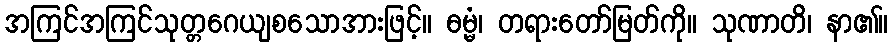
အကြင်အကြင်သုတ္တဂေယျစသောအားဖြင့်။ ဓမ္မံ၊ တရားတော်မြတ်ကို။ သုဏာတိ၊ နာ၏။